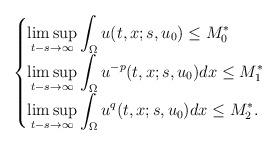
LaTeX: \begin{align*}\begin{cases}\displaystyle \limsup_{t-s\to\infty}\int_\Omega u(t,x;s,u_0)\le M_0^*\cr\displaystyle \limsup_{t-s\to\infty} \int_\Omega u^{-p}(t,x;s,u_0)dx\le M_1^*\cr\displaystyle \limsup_{t-s\to\infty}\int_\Omega u^{q} (t,x;s,u_0)dx\le M_2^*.\end{cases}\end{align*}